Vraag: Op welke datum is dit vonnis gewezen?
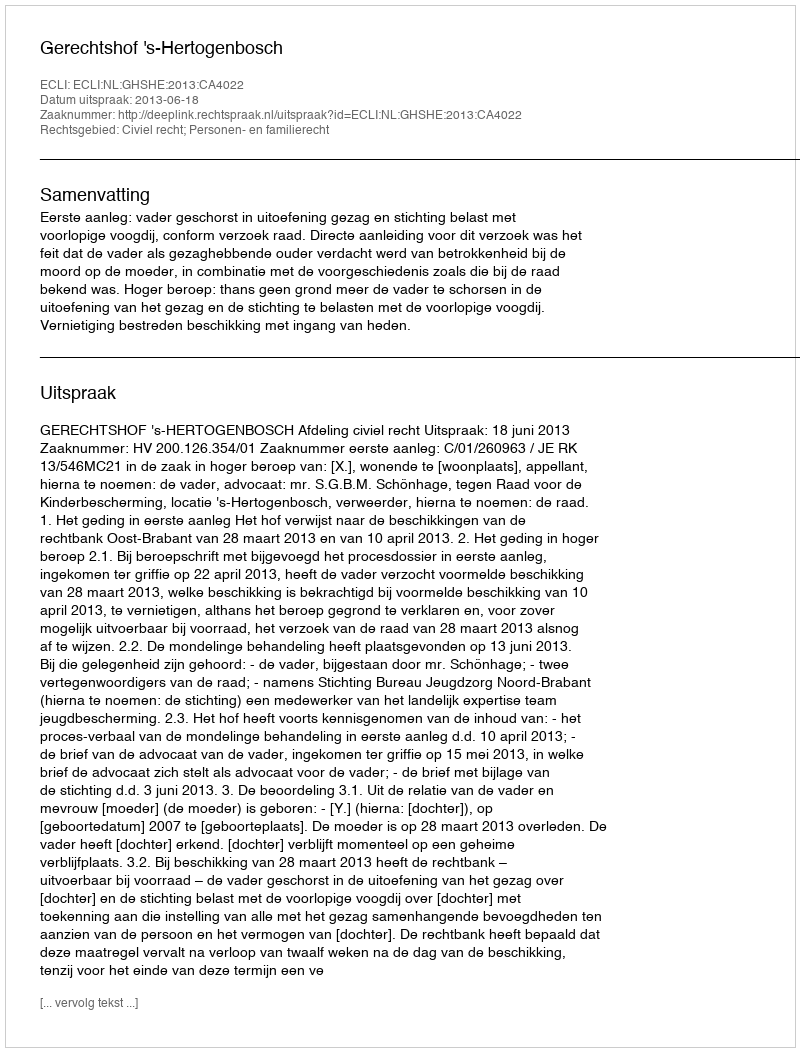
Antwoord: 2013-06-18